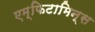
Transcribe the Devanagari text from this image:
एम्फिटामिन्स